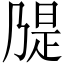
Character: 𫡝